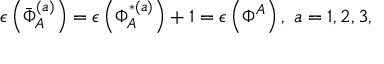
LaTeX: \epsilon \left( \bar { \Phi } _ { A } ^ { ( a ) } \right) = \epsilon \left( \Phi _ { A } ^ { * ( a ) } \right) + 1 = \epsilon \left( \Phi ^ { A } \right) , \; a = 1 , 2 , 3 ,